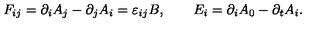
F _ { i j } = \partial _ { i } A _ { j } - \partial _ { j } A _ { i } = \varepsilon _ { i j } B , \qquad E _ { i } = \partial _ { i } A _ { 0 } - \partial _ { t } A _ { i } .